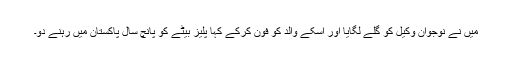
میں نے نوجوان وکیل کو گلے لگایا اور اسکے والد کو فون کرکے کہا پلیز بیٹے کو پانچ سال پاکستان میں رہنے دو۔